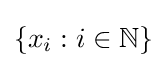
\left\{x_{i}:i\in \mathbb {N} \right\}